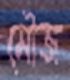
মৌজ